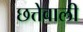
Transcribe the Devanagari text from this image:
छत्तेवाली